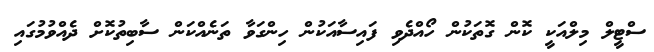
ސްޓީލް މިލްއަކީ ކޮން ގޮތަކުން ހޯއްދެވި ފައިސާއަކުން ހިންގަވާ ތަނެއްކަން ސާބިތުކޮށް ދެއްވުމުގައި